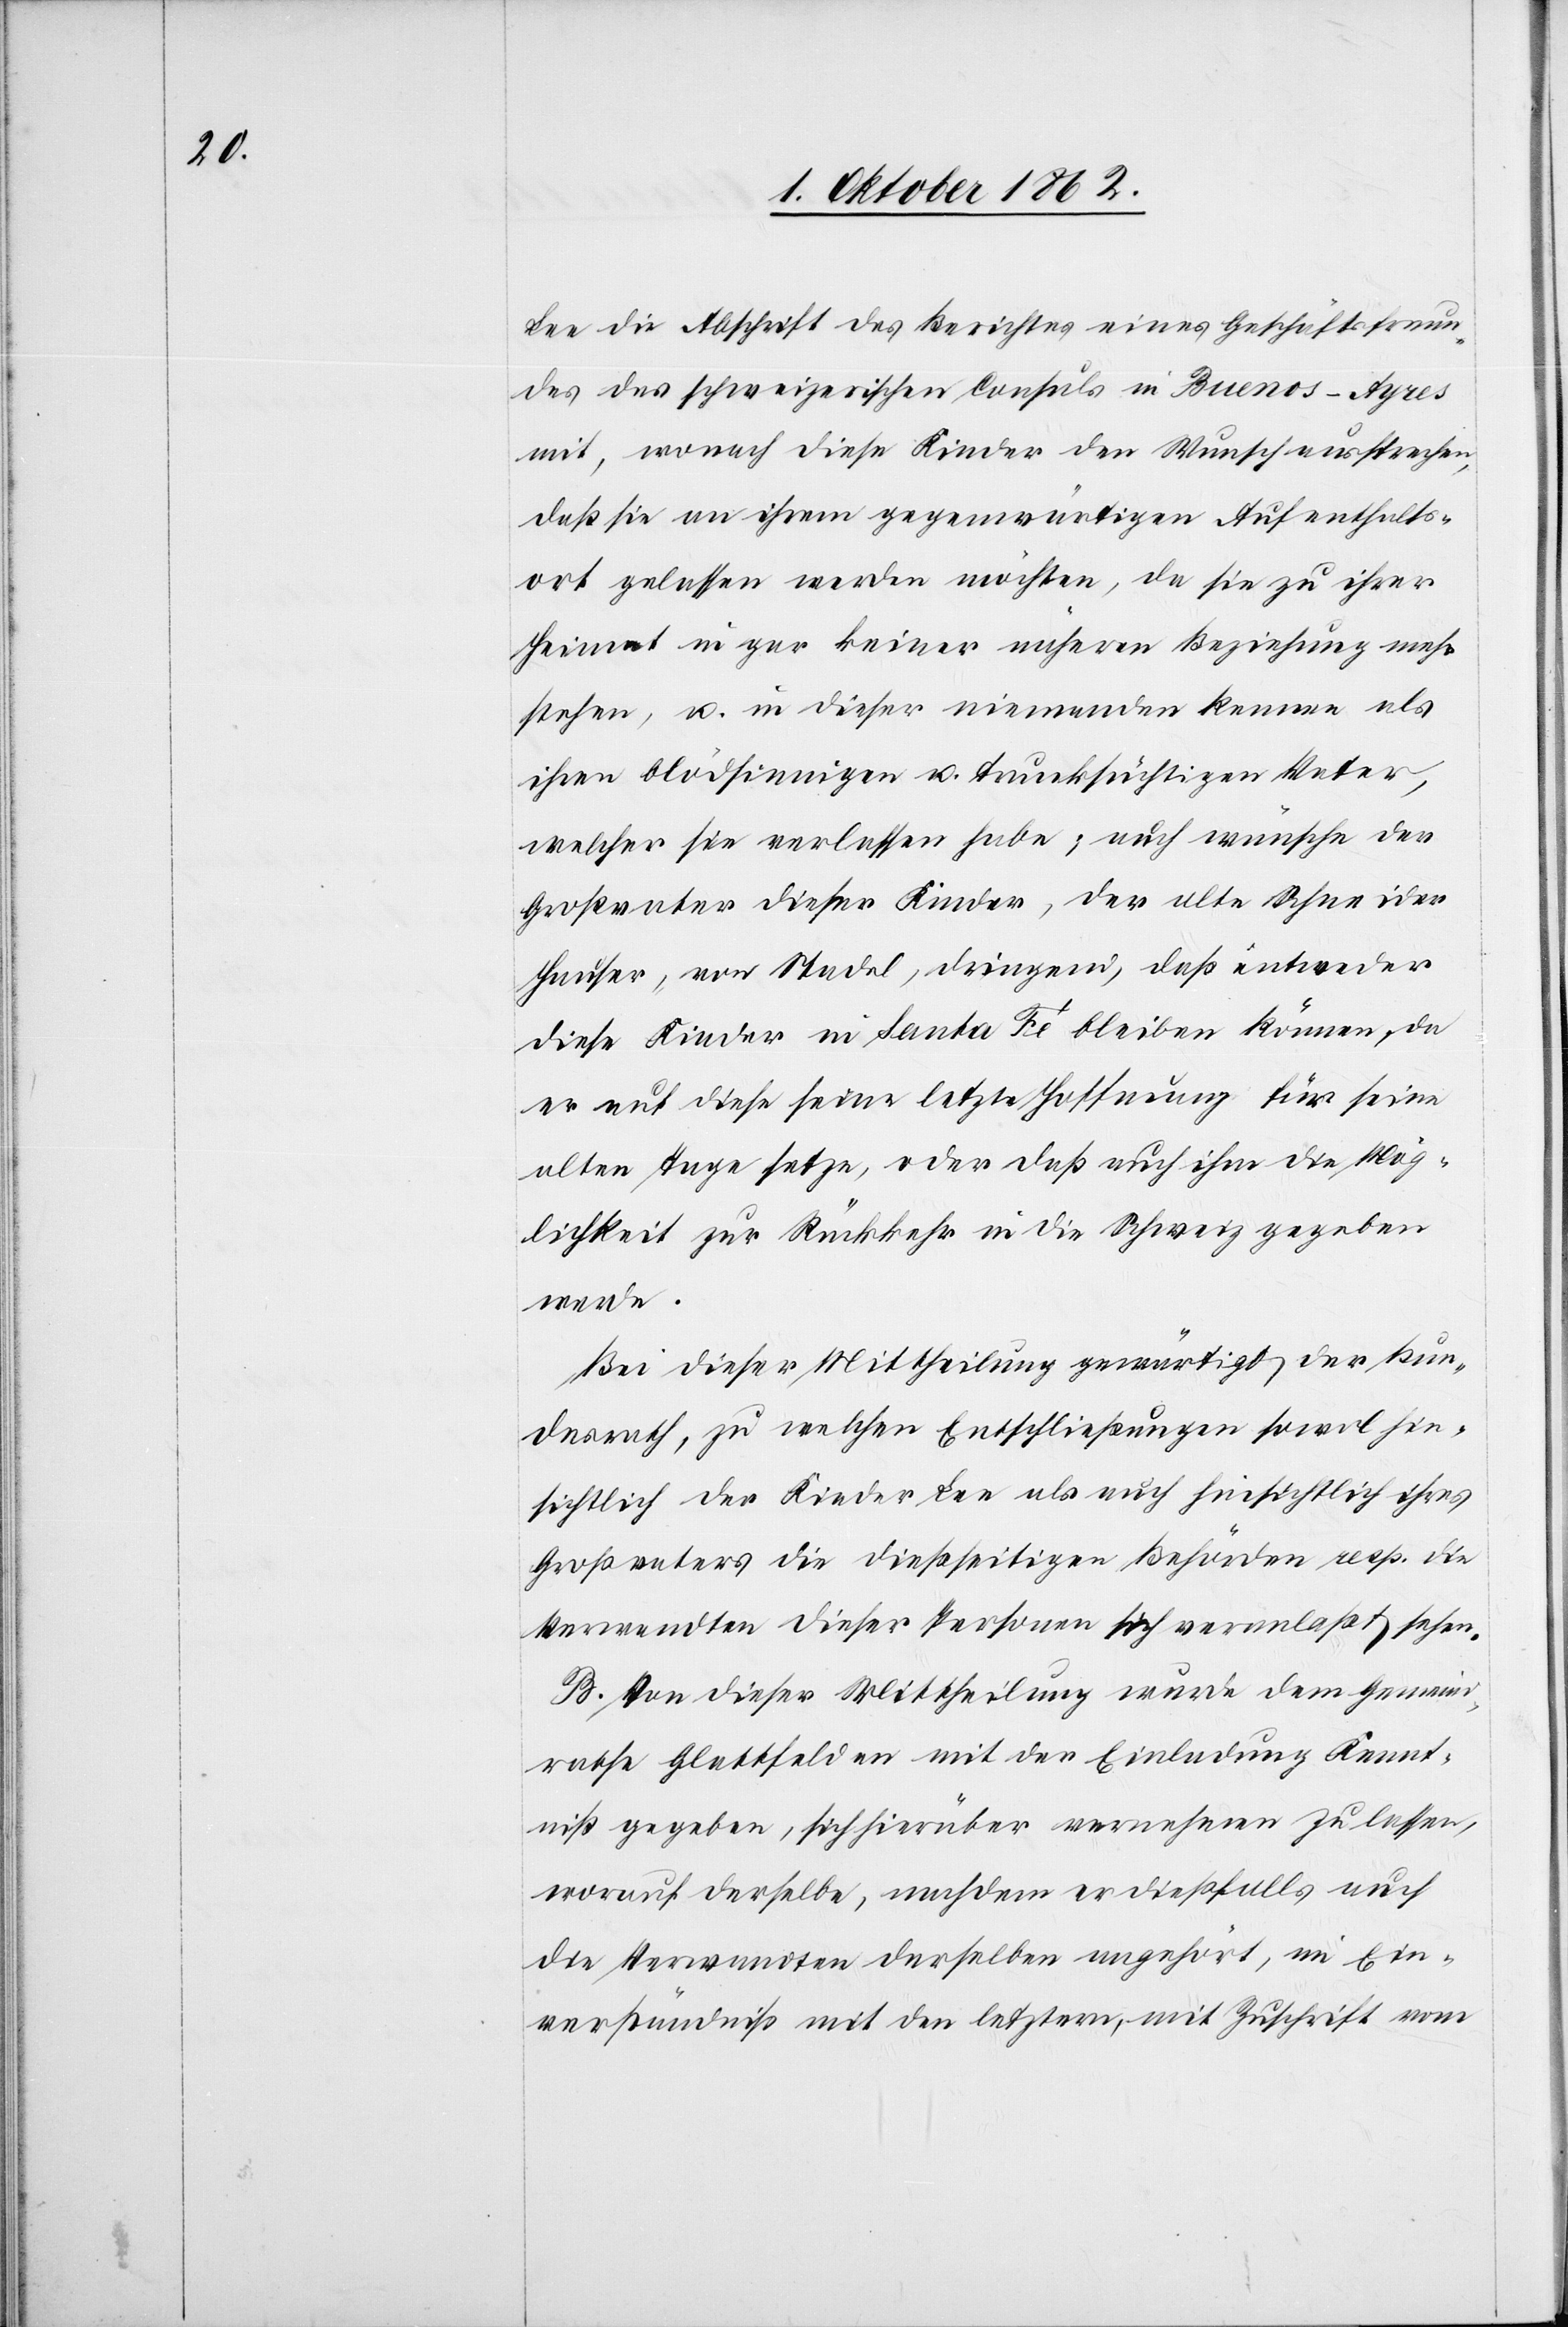
Lee die Abschrift des Berichtes eines Geschäftsfreun¬
des des schweizerischen Consuls in Buenos-Ayres
mit, wonach diese Kinder den Wunsch aussprechen,
daß sie an ihrem gegenwärtigen Aufenthalts¬
ort gelassen werden möchte, da sie zu ihrer
Heimat in gar keiner näheren Beziehung mehr
stehen, u. in dieser niemanden kennen als
ihren blödsinnigen u. trunksüchtigen Vater,
welcher sie verlassen habe; auch wünsche der
Großvater dieser Kinder, der alte Schneider
Hauser, von Stadel, dringend, daß entweder
diese Kinder in Santa Fé bleiben können, da
er auf diese seine letzte Hoffnung für seine
alten Tage setze, oder daß auch ihm die Mög¬
lichkeit zur Rückkehr in die Schweiz gegeben
werde.
Bei dieser Mittheilung gewärtigt der Bun¬
desrath, zu welchen Entschließungen sowol hin¬
sichtlich der Kinder Lee als auch hinsichtlich ihres
Großvaters die dießseitigen Behörden resp. die
Verwandten dieser Personen sich veranlaßt sehen.
B. Von dieser Mittheilung wurde dem Gemeind¬
rathe Glattfelden mit der Einladung Kennt¬
niß gegeben, sich hierüber vernehmen zu lassen,
worauf derselbe, nachdem er dießfalls auch
die Verwandten derselben angehört, in Ein¬
verständniß mit den letztern, mit Zuschrift vom